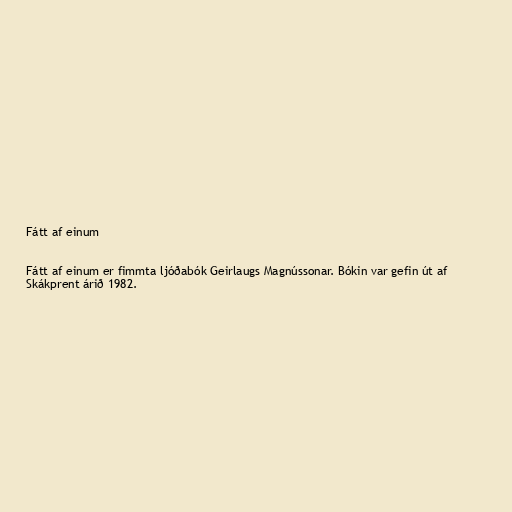
Fátt af einum

Fátt af einum er fimmta ljóðabók Geirlaugs Magnússonar. Bókin var gefin út af
Skákprent árið 1982.